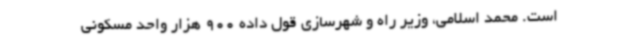
است. محمد اسلامی، وزیر راه و شهرسازی قول داده 900 هزار واحد مسکونی